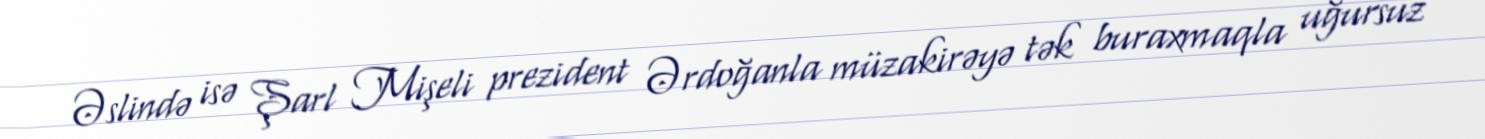
Əslində isə Şarl Mişeli prezident Ərdoğanla müzakirəyə tək buraxmaqla uğursuz